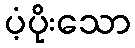
ပံ့ပိုးသော